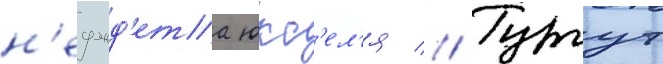
н'еджд'ета юкс'ел'я // Тургут